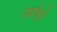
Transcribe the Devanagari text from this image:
पथोली